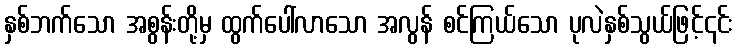
နှစ်ဘက်သော အစွန်းတို့မှ ထွက်ပေါ်လာသော အလွန် စင်ကြယ်သော ပုလဲနှစ်သွယ်ဖြင့်၎င်း